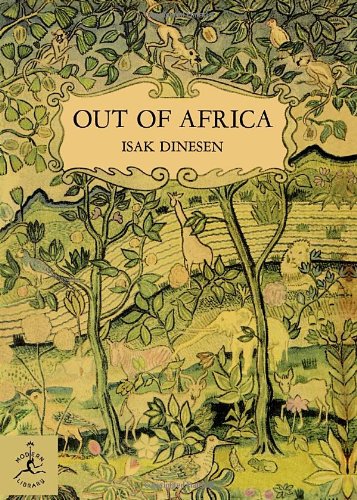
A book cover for Out of Africa (Modern Library 100 Best Nonfiction Books); Isak Dinesen; Literature & Fiction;